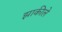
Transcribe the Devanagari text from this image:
झाकीले